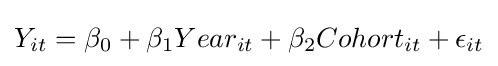
Y_{it}=\beta _{0}+\beta _{1}Year_{it}+\beta _{2}Cohort_{it}+\epsilon _{it}